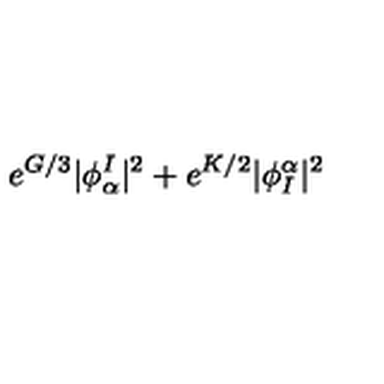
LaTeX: e ^ { G / 3 } | \phi _ { \alpha } ^ { I } | ^ { 2 } + e ^ { K / 2 } | \phi _ { I } ^ { \alpha } | ^ { 2 }